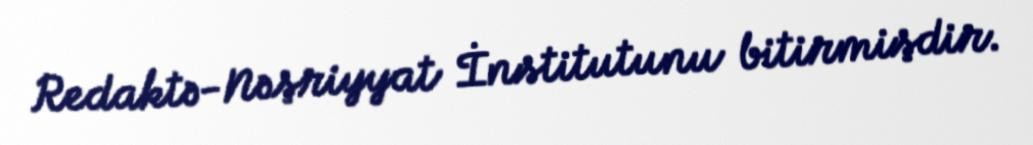
Redaktə-Nəşriyyat İnstitutunu bitirmişdir.